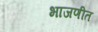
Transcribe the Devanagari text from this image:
भाजणीत